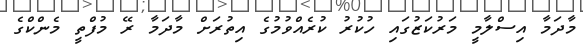
މާދަމާ އިސްލާމީ މަރުކަޒުގައި ހުކުރު ކުރެއްވުމުގެ އިތުރަށް މާދަމާ ރޭ މުފްތީ މެންކްގެ